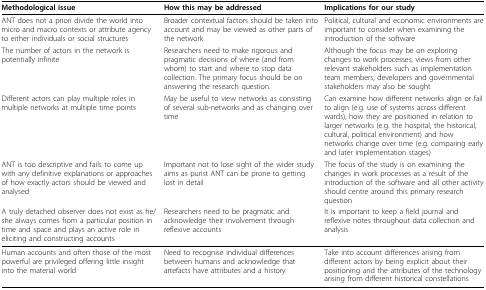
<table><thead><tr><td><b>Methodological issue</b></td><td><b>How this may be addressed</b></td><td><b>Implications for our study</b></td></tr></thead><tbody><tr><td>ANT does not a priori divide the world into micro and macro contexts or attribute agency to either individuals or social structures</td><td>Broader contextual factors should be taken into account and may be viewed as other parts of the network</td><td>Political, cultural and economic environments are important to consider when examining the introduction of the software</td></tr><tr><td>The number of actors in the network is potentially infinite</td><td>Researchers need to make rigorous and pragmatic decisions of where (and from whom) to start and where to stop data collection. The primary focus should be on answering the research question.</td><td>Although the focus may be on exploring changes to work processes, views from other relevant stakeholders such as implementation team members, developers and governmental stakeholders may also be sought</td></tr><tr><td>Different actors can play multiple roles in multiple networks at multiple time points</td><td>May be useful to view networks as consisting of several sub-networks and as changing over time</td><td>Can examine how different networks align or fail to align (e.g. use of systems across different wards), how they are positioned in relation to larger networks (e.g. the hospital, the historical, cultural, political environment) and how networks change over time (e.g. comparing early and later implementation stages)</td></tr><tr><td>ANT is too descriptive and fails to come up with any definitive explanations or approaches of how exactly actors should be viewed and analysed</td><td>Important not to lose sight of the wider study aims as purist ANT can be prone to getting lost in detail</td><td>The focus of the study is on examining the changes in work processes as a result of the introduction of the software and all other activity should centre around this primary research question</td></tr><tr><td>A truly detached observer does not exist as he/she always comes from a particular position in time and space and plays an active role in eliciting and constructing accounts</td><td>Researchers need to be pragmatic and acknowledge their involvement through reflexive accounts</td><td>It is important to keep a field journal and reflexive notes throughout data collection and analysis</td></tr><tr><td>Human accounts and often those of the most powerful are privileged offering little insight into the material world</td><td>Need to recognise individual differences between humans and acknowledge that artefacts have attributes and a history</td><td>Take into account differences arising from different actors by being explicit about their positioning and the attributes of the technology arising from different historical constellations</td></tr></tbody></table>